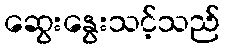
ဆွေးနွေးသင့်သည်